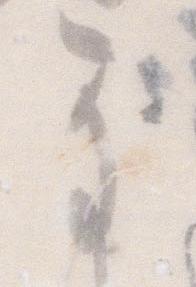
な